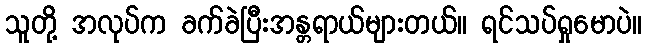
သူတို့ အလုပ်က ခက်ခဲပြီးအန္တရာယ်များတယ်။ ရင်သပ်ရှုမောပဲ။